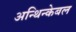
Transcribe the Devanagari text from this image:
अन्थिन्केबल